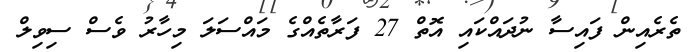
ތެރެއިން ފައިސާ ނުދައްކައި އޮތް 27 ފަރާތެއްގެ މައްސަލަ މިހާރު ވެސް ސިވިލް